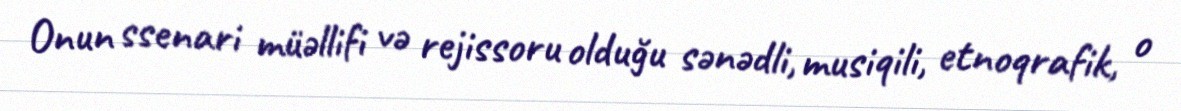
Onun ssenari müəllifi və rejissoru olduğu sənədli, musiqili, etnoqrafik, o